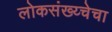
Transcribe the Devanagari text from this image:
लोकसंख्य्चेचा